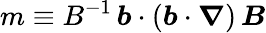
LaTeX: m\equiv B^{-1}\, \boldsymbol{b}\cdot\left(\boldsymbol{b}\cdot\boldsymbol{\nabla}\right)\, \boldsymbol{B}